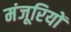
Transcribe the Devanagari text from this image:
मंजूरियों